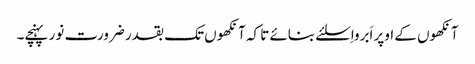
آنکھوں کے اوپر اَبرواِسلئے بنائے تا کہ آنکھوں تک بقدر ضرورت نور پہنچے۔